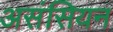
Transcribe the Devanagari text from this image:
असंसियन